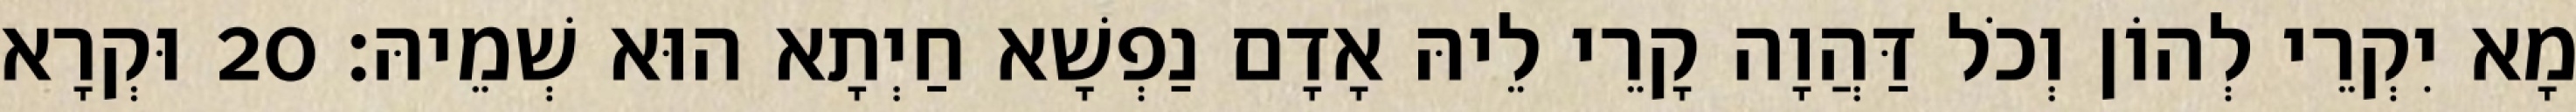
מָא יִקְרֵי לְהוֹן וְכֹל דַּהֲוָה קָרֵי לֵיהּ אָדָם נַפְשָׁא חַיְתָא הוּא שְׁמֵיהּ׃ 20 וּקְרָא